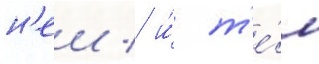
н'еи / и́ т'е́м